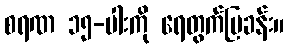
စရဏ ၁၅-ပါးကို ရေတွက်ပြခန်း။